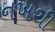
નખથી